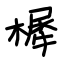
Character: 樨